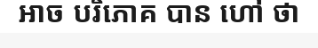
អាច បរិភោគ បាន ហៅ ថា